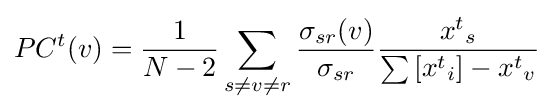
PC^{t}(v)={\frac {1}{N-2}}\sum _{s\neq v\neq r}{\frac {\sigma _{sr}(v)}{\sigma _{sr}}}{\frac {{x^{t}}_{s}}{{\sum {[{x^{t}}_{i}}]}-{x^{t}}_{v}}}